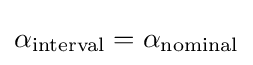
\alpha _{\text{interval}}=\alpha _{\text{nominal}}